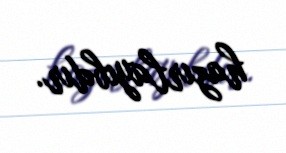
hazırlayıbdır.